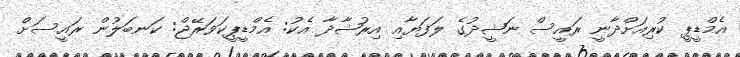
އެމްޑީޕީ ކުރިއަށްދާނީ ރައީސް ނަޝީދުގެ ލަފަޔާއި އިރުޝާދާ އެކު: އެމްޑީޕީކަވަރޭޖް: ކަނބަލުން ރައީސަށް